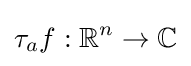
\tau _{a}f:\mathbb {R} ^{n}\to \mathbb {C}